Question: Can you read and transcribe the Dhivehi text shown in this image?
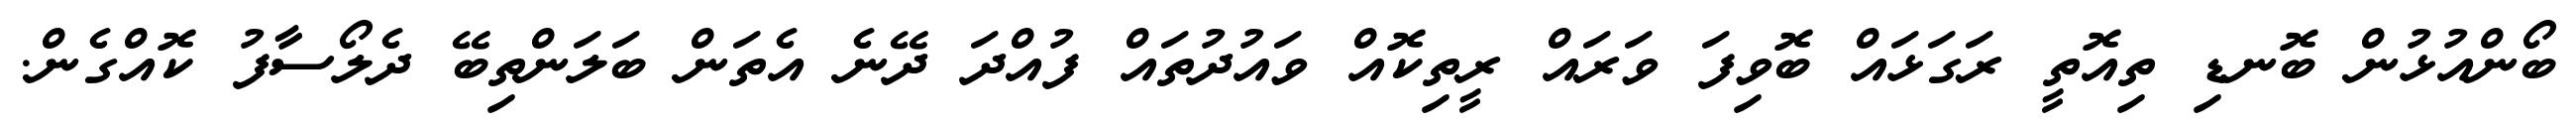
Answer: ބޯންއުޅުން ބޮނޑި ތިއޮތީ ރަގަޅައް ބޮވިފަ ވަރައް ރީތިކޮއް ވައުދުތައް ފުއްދަ ދޭނެ އެތަން ބަލަންތިބޭ ދެލޯސާފު ކޮއްގެން.